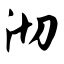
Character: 沏